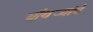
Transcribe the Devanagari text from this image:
चौथर्‍यांचे